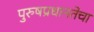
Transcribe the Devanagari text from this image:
पुरुषप्रधानतेचा